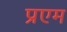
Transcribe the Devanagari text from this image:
प्रएम